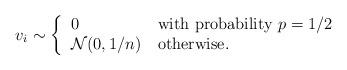
LaTeX: \begin{align*}v_i \sim \left\{\begin{tabular}{ll}0 & with probability $p=1/2$ \\$\mathcal{N}(0, 1/n)$ & otherwise.\end{tabular}\right.\end{align*}